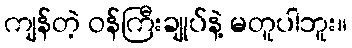
ကျန်တဲ့ ဝန်ကြီးချုပ်နဲ့ မတူပါဘူး။